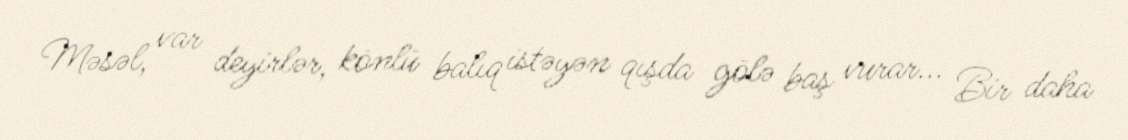
Məsəl, var deyirlər, könlü balıq istəyən qışda gölə baş vurar... Bir daha